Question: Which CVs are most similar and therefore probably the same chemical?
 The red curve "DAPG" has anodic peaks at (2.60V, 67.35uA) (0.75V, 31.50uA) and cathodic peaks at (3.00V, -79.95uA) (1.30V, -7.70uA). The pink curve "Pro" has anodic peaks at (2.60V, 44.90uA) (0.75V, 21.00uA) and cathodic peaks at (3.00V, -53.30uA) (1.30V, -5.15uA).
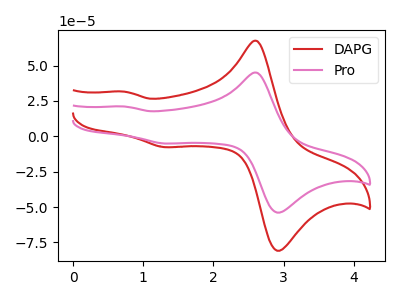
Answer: <think>All the peaks in "DAPG" have a peak in "Pro" at the same potential. Every peak in "DAPG" is higher than every peak in "Pro".
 </think>
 <answer>"Pro" and "DAPG" have the same shape and are likely CV's of the same chemical.</answer>
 <eval>"Pro" "DAPG"</eval>